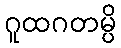
ဂူထဂတမ္ပိ